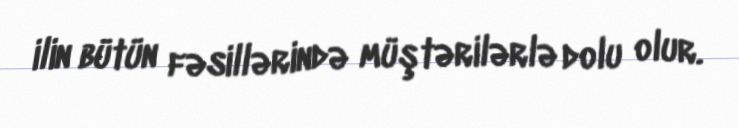
ilin bütün fəsillərində müştərilərlə dolu olur.